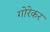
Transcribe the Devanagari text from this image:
गोरेकर